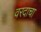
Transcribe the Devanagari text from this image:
वरदाचा